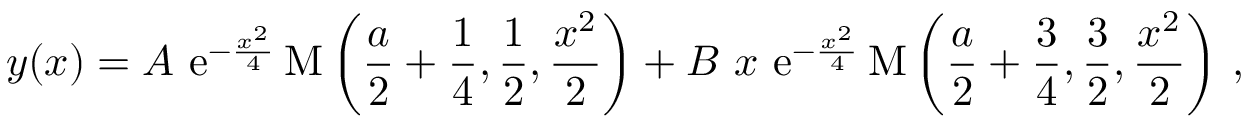
y ( x ) = A \ \mathrm { e } ^ { - \frac { x ^ { 2 } } { 4 } } \, \mathrm { M } \left( \frac { a } { 2 } + \frac { 1 } { 4 } , \frac { 1 } { 2 } , \frac { x ^ { 2 } } { 2 } \right) + B \ x \ \mathrm { e } ^ { - \frac { x ^ { 2 } } { 4 } } \, \mathrm { M } \left( \frac { a } { 2 } + \frac { 3 } { 4 } , \frac { 3 } { 2 } , \frac { x ^ { 2 } } { 2 } \right) \, ,